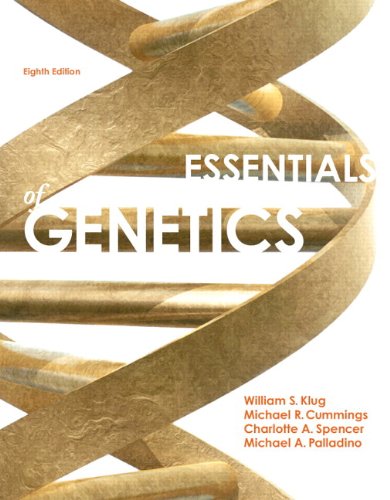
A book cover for Essentials of Genetics (8th Edition); William S. Klug; Medical Books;